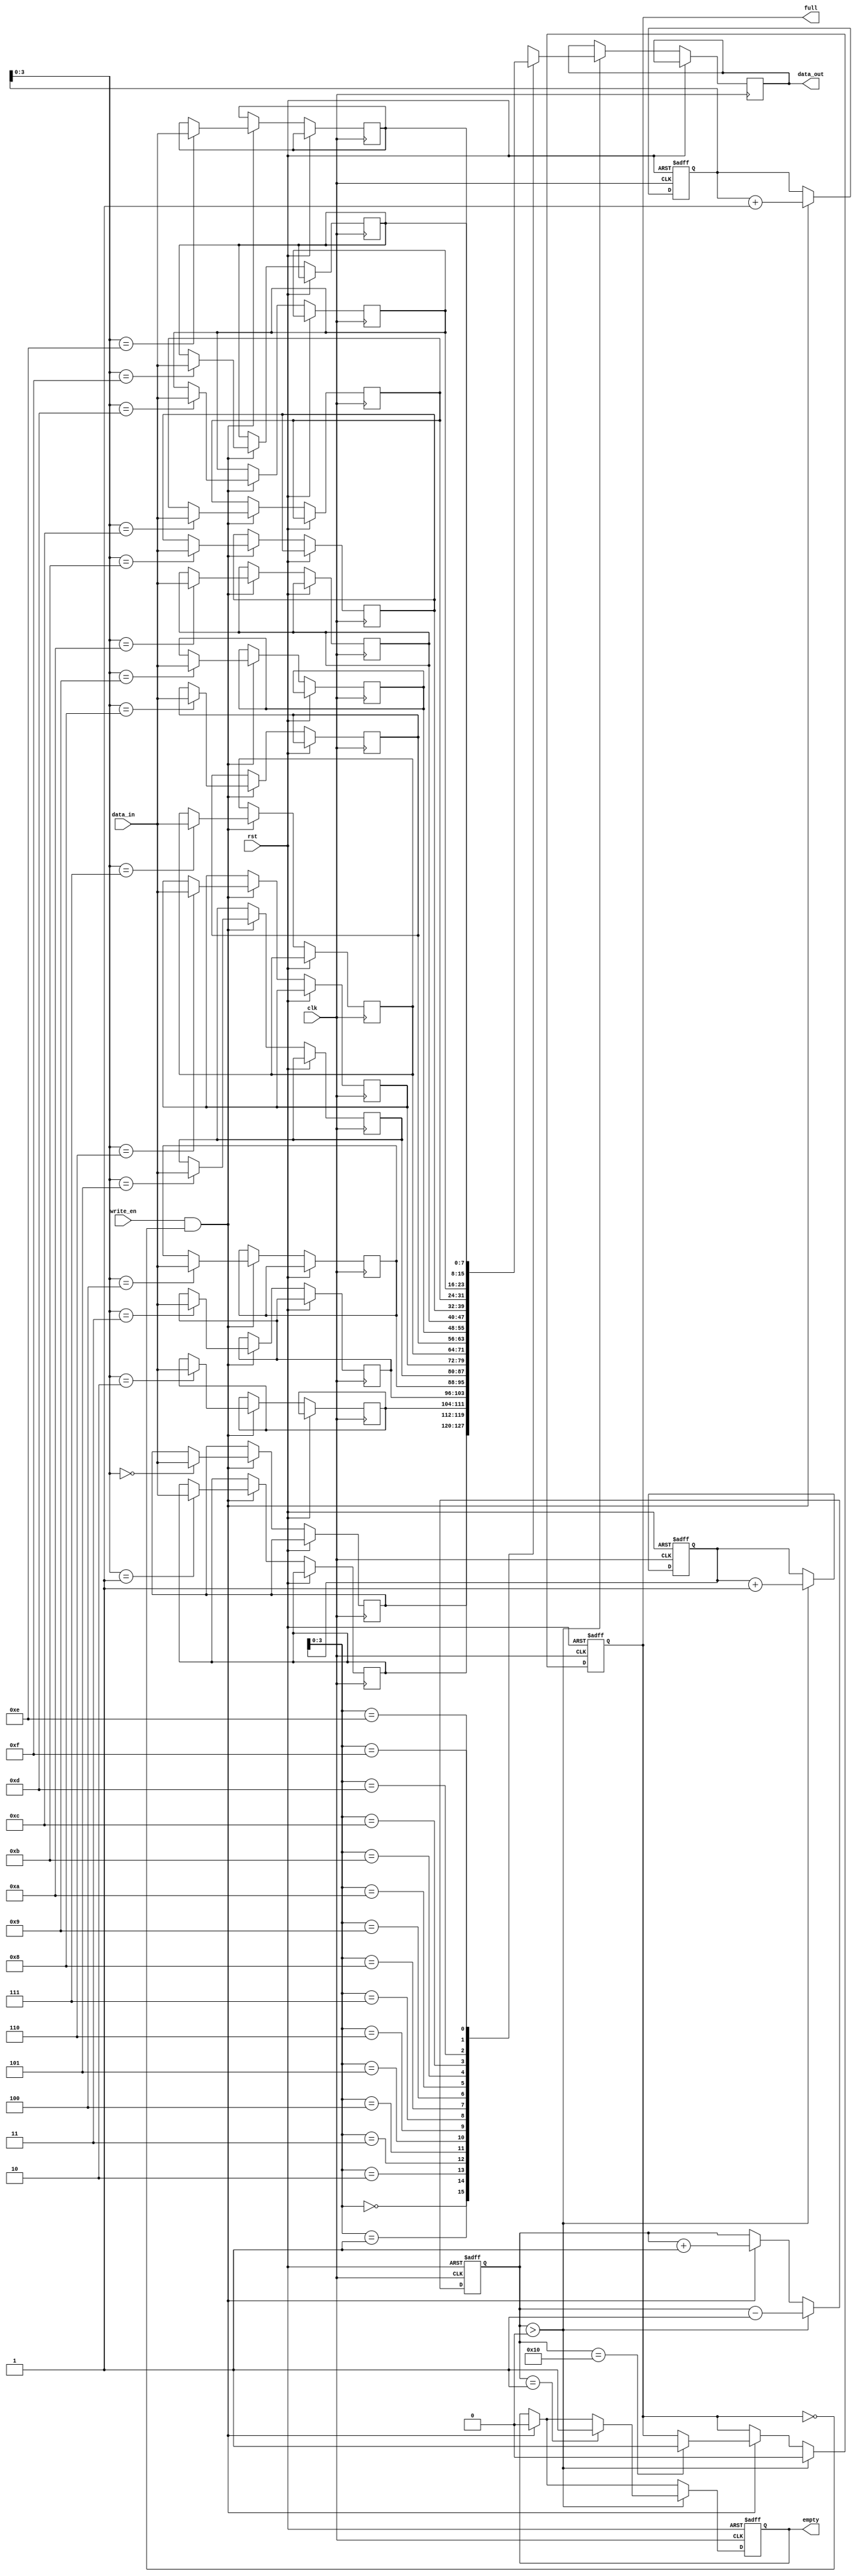
module parametrizable_fifo #(
    parameter DATA_WIDTH = 8,
    parameter FIFO_DEPTH = 16
)(
    input wire clk,
    input wire rst,
    input wire write_en,
    input wire [DATA_WIDTH-1:0] data_in,
    output reg [DATA_WIDTH-1:0] data_out,
    output reg full,
    output reg empty
);

reg [DATA_WIDTH-1:0] fifo [FIFO_DEPTH-1:0];
reg [FIFO_DEPTH-1:0] head, tail;
reg [FIFO_DEPTH-1:0] count;

always @(posedge clk or posedge rst) begin
    if (rst) begin
        head <= 0;
        tail <= 0;
        count <= 0;
        full <= 0;
        empty <= 1;
    end else begin
        if (write_en && ~full) begin
            fifo[tail] <= data_in;
            tail <= tail + 1;
            count <= count + 1;
            if (count == FIFO_DEPTH) begin
                full <= 1;
            end
            empty <= 0;
        end
        
        if (count > 0) begin
            data_out <= fifo[head];
            head <= head + 1;
            count <= count - 1;
            if (count == 1) begin
                empty <= 1;
            end
            full <= 0;
        end
    end
end

endmodule